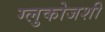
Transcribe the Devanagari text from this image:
ग्लुकोजशी